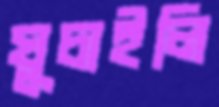
ঘুচাইলি